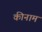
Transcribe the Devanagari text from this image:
कीनाम